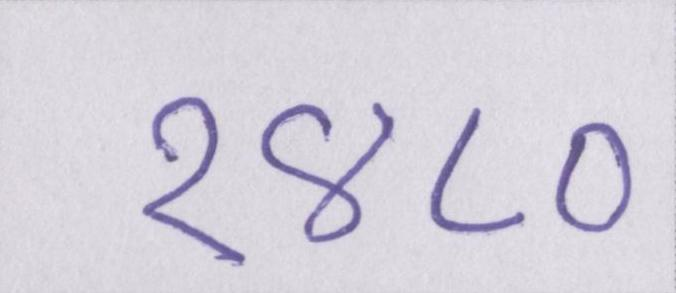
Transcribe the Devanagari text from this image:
१४८०